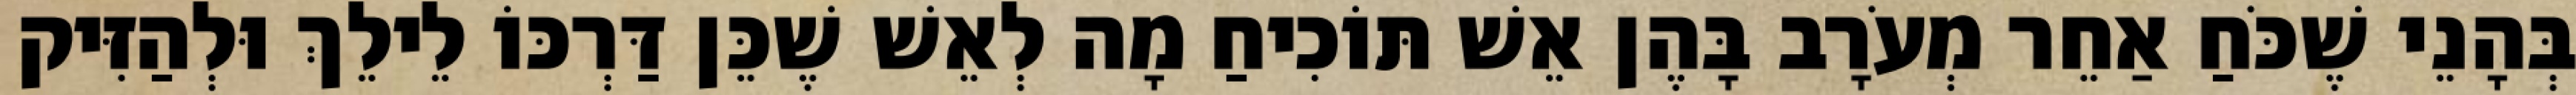
בְּהָנֵי שֶׁכֹּחַ אַחֵר מְעֹרָב בָּהֶן אֵשׁ תּוֹכִיחַ מָה לְאֵשׁ שֶׁכֵּן דַּרְכּוֹ לֵילֵךְ וּלְהַזִּיק